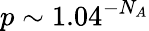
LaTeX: p\sim 1.04^{-N_{A}}